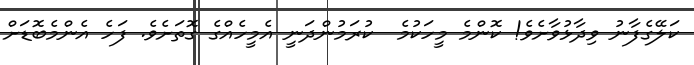
ކަލޭގެފާނު ވިދާޅުވާށެވެ! ކޮންމެ މީހަކުމެ  ކުރަމުންދަނީ އެމީހެއްގެ ގޮތަށެވެ. ފަހެ އެންމެބޮޑަށް